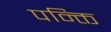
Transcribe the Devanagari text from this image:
पन्क्ति